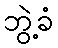
ဘွဲ့ခံ